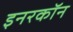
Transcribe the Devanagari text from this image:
इनरकॉन